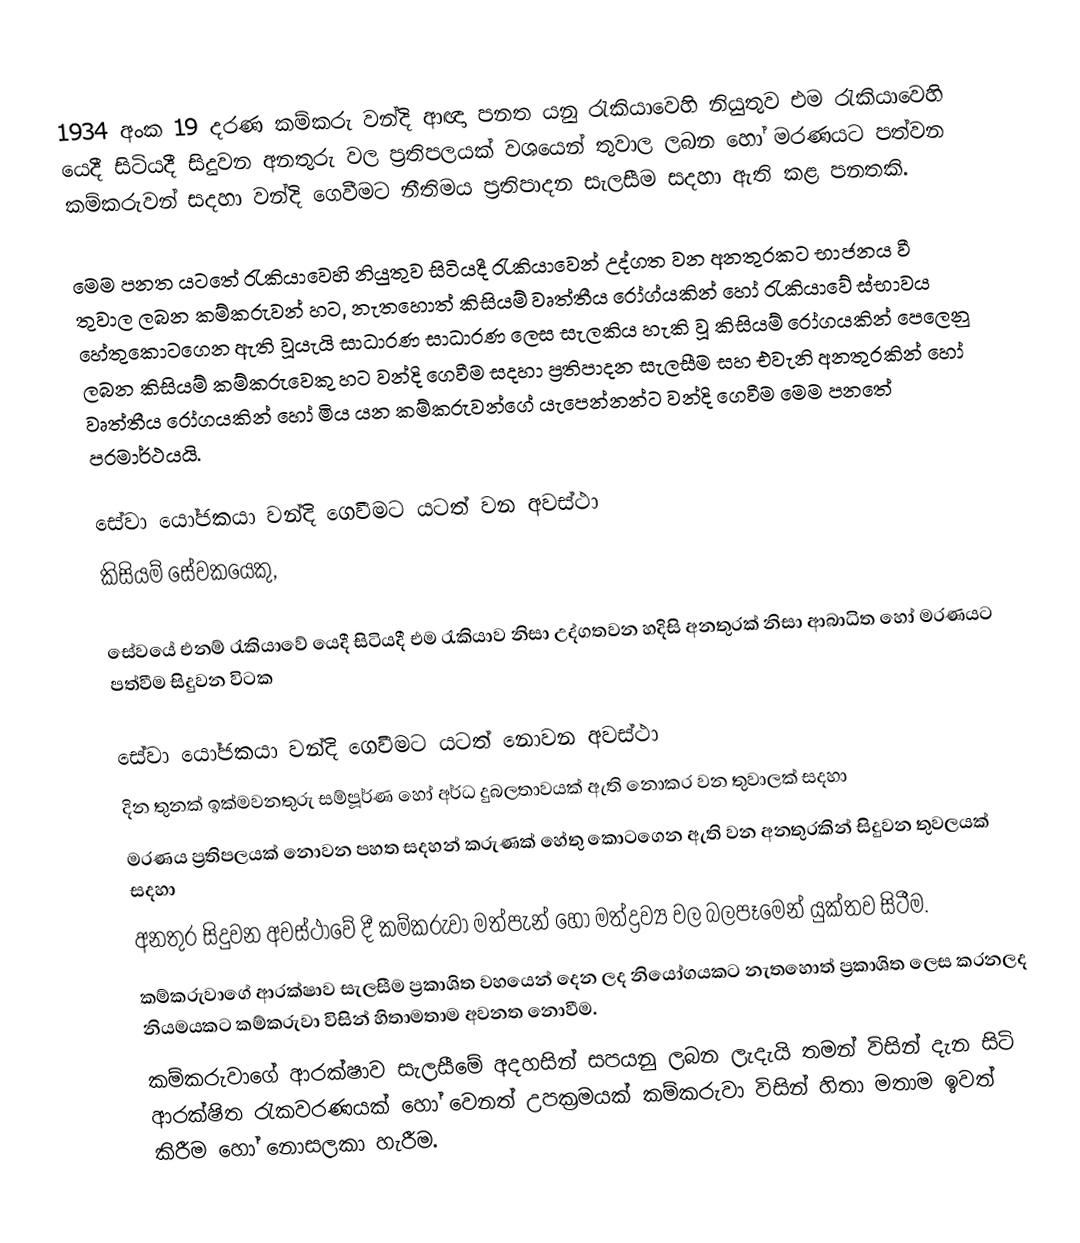
1934 අංක 19 දරණ කම්කරු වන්දි ආඥා පනත යනු රැකියාවෙහි නියුතුව එම රැකියාවෙහි යෙදී සිටියදී සිදුවන අනතුරු වල ප්‍රතිපලයක් වශයෙන් තුවාල ලබන හෝ මරණයට පත්වන කම්කරුවන් සදහා වන්දි ගෙවීමට නීතිමය ප්‍රතිපාදන සැලසීම සදහා ඇති කළ පනතකි.

මෙම පනත යටතේ රැකියාවෙහි නියුතුව සිටියදී රැකියාවෙන් උද්ගත වන අනතුරකට භාජනය වී තුවාල ලබන කම්කරුවන් හට, නැතහොත් කිසියම් වෘත්තීය රෝග්යකින් හෝ රැකියාවේ ස්භාවය හේතුකොටගෙන ඇති වූයැයි සාධාරණ සාධාරණ ලෙස සැලකිය හැකි වූ කිසියම් රෝගයකින් පෙලෙනු ලබන කිසියම් කම්කරුවෙකු හට වන්දි ගෙවීම සදහා ප්‍රතිපාදන සැලසීම සහ එවැනි අනතුරකින් හෝ වෘත්තීය රෝගයකින් හෝ මිය යන කම්කරුවන්ගේ යැපෙන්නන්ට වන්දි ගෙවීම මෙම පනතේ පරමාර්ථයයි.

සේවා යෝජකයා වන්දි ගෙවීමට යටත් වන අවස්ථා
කිසියම් සේවකයෙකු,

සේවයේ එනම් රැකියාවේ යෙදී සිටියදී එම රැකියාව නිසා උද්ගතවන හදිසි අනතුරක් නිසා ආබාධිත හෝ මරණයට පත්වීම සිදුවන විටක

සේවා යෝජකයා වන්දි ගෙවීමට යටත් නොවන අවස්ථා
 දින තුනක් ඉක්මවනතුරු සම්පූර්ණ හෝ අර්ධ දුබලතාවයක්  ඇති නොකර වන තුවාලක් සදහා
 මරණය ප්‍රතිපලයක් නොවන පහත සදහන් කරුණක් හේතු කොටගෙන ඇති වන අනතුරකින් සිදුවන තුවලයක් සදහා
 අනතුර සිදුවන අවස්ථාවේ දී කම්කරුවා මත්පැන් හෝ මත්ද්‍රව්‍ය වල බලපෑමෙන් යුක්තව සිටීම.
 කම්කරුවාගේ ආරක්ෂාව සැලසීම ප්‍රකාශිත වහයෙන් දෙන ලද නියෝගයකට නැතහොත් ප්‍රකාශිත ලෙස කරනලද නියමයකට කම්කරුවා විසින් හිතාමතාම අවනත නොවීම.
 කම්කරුවාගේ ආරක්ෂාව සැලසීමේ අදහසින් සපයනු ලබන ලැදැයි තමන් විසින් දැන සිටි ආරක්ෂිත රැකවරණයක් හෝ වෙනත් උපක්‍රමයක් කම්කරුවා විසින් හිතා මතාම ඉවත් කිරීම හෝ නොසලකා හැරීම.